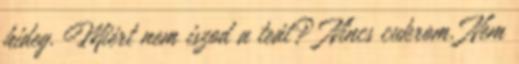
hideg. Miért nem iszod a teát? Nincs cukrom. Nem